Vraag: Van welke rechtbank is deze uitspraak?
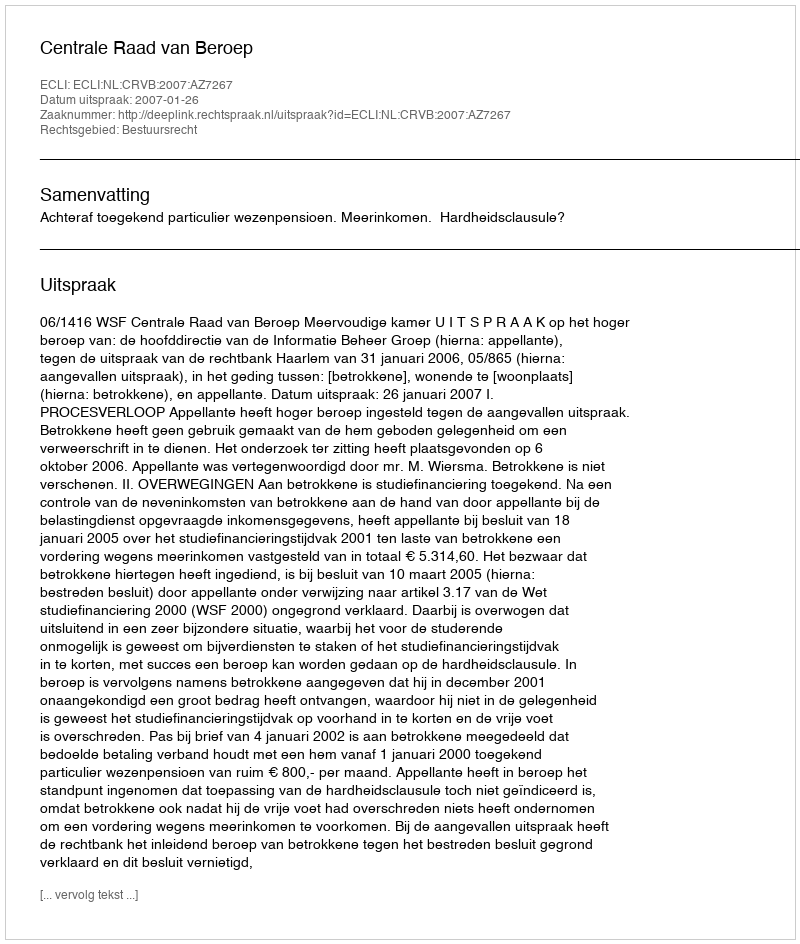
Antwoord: Centrale Raad van Beroep